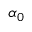
\alpha _ { 0 }